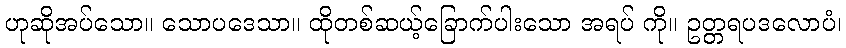
ဟုဆိုအပ်သော။ သောပဒေသာ။ ထိုတစ်ဆယ့်ခြောက်ပါးသော အရပ် ကို။ ဥတ္တရပဒလောပံ၊